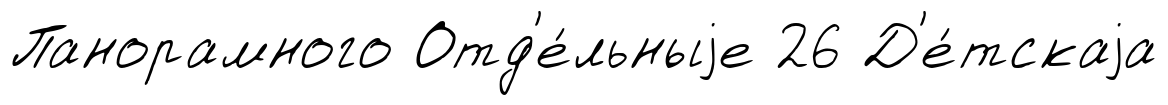
Панорамного Отд'е́льныjе 26 Д'е́тскаjа